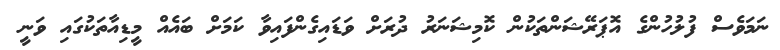
ނަމަވެސް ފުލުހުންގެ އޮޕަރޭޝަންތަކުން ކޮމިޝަނަރު ދުރަށް ވަޑައިގެންފައިވާ ކަމަށް ބައެއް މީޑިއާތަކުގައި ވަނީ